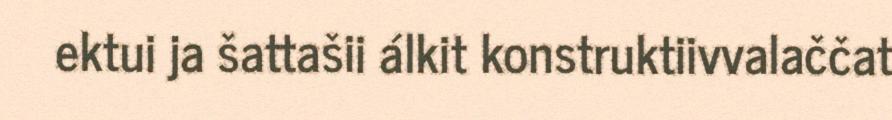
ektui ja šattašii álkit konstruktiivvalaččat